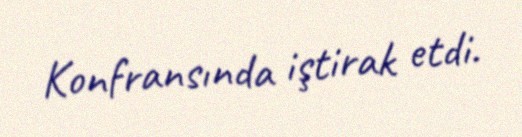
Konfransında iştirak etdi.